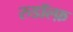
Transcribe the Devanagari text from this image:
रुडॉल्फ़